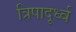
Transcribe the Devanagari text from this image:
त्रिपादूर्ध्व